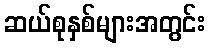
ဆယ်စုနှစ်များအတွင်း